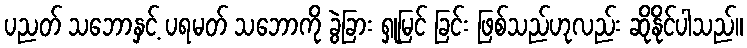
ပညတ် သဘောနှင့် ပရမတ် သဘောကို ခွဲခြား ရှုမြင် ခြင်း ဖြစ်သည်ဟုလည်း ဆိုနိုင်ပါသည်။